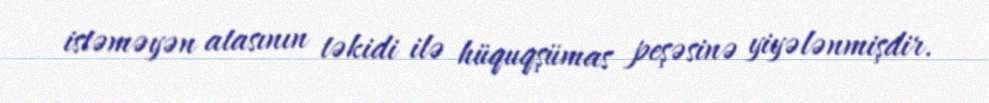
istəməyən atasının təkidi ilə hüquqşümas peşəsinə yiyələnmişdir.